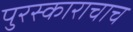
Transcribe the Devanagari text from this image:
पुरस्काराचाच